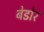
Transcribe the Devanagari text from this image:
बेडोर